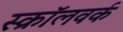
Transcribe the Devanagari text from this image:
स्क्रॉलवर्क